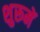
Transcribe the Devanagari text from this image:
शुरूमें